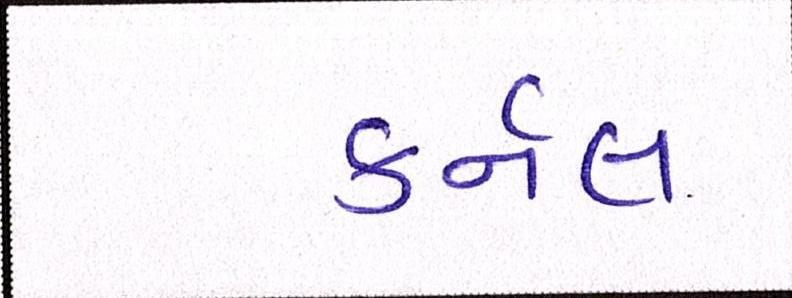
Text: કર્નલ